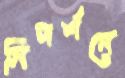
নিদর্শনে